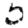
Digit: 5